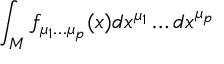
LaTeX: \int _ { M } f _ { \mu _ { 1 } \dots \mu _ { p } } ( x ) d x ^ { \mu _ { 1 } } \dots d x ^ { \mu _ { p } }